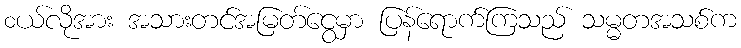
၀ယ်လိုအား အသားတင်အမြတ်ငွေမှာ ပြန်ရောက်ကြသည် သမ္မတအသစ်က